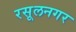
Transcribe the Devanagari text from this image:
रसूलनगर